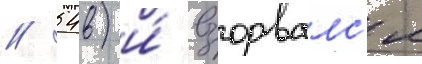
// 54в) и́ взорвалс'я